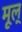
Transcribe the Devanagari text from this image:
मूल्